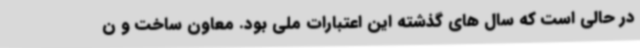
در حالی است که سال های گذشته این اعتبارات ملی بود. معاون ساخت و ن